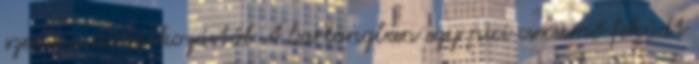
szeme a csodálkozástól A barlangban egy pici csecsemő feküdt